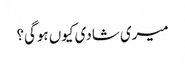
میری شادی کیوں ہوگی؟